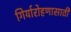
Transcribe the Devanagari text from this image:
गिर्यारोहणासाठी